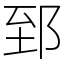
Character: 郅